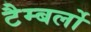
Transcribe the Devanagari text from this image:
टैम्बर्लो